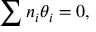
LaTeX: \sum n _ { i } \theta _ { i } = 0 ,